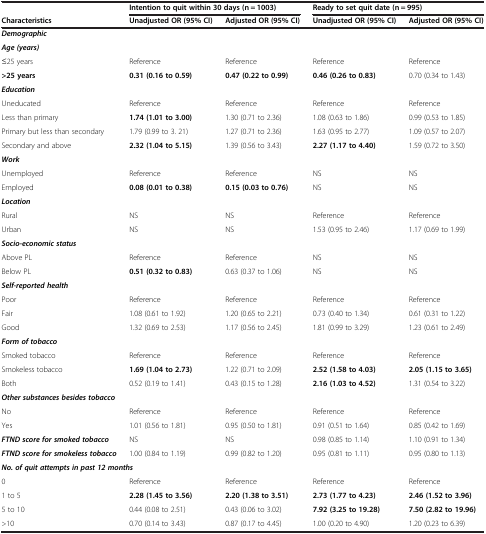
<table><thead><tr><td><b> </b></td><td colspan="2"><b>Intention to quit within 30 days (n = 1003)</b></td><td colspan="2"><b>Ready to set quit date (n = 995)</b></td></tr><tr><td><b>Characteristics</b></td><td><b>Unadjusted OR (95% CI)</b></td><td><b>Adjusted OR (95% CI)</b></td><td><b>Unadjusted OR (95% CI)</b></td><td><b>Adjusted OR (95% CI)</b></td></tr></thead><tbody><tr><td colspan="5"><b><i>Demographic</i></b></td></tr><tr><td colspan="5"><b><i>Age (years)</i></b></td></tr><tr><td>≤25 years</td><td>Reference</td><td>Reference</td><td>Reference</td><td>Reference</td></tr><tr><td><b>&gt;25 years</b></td><td><b>0.31 (0.16 to 0.59)</b></td><td><b>0.47 (0.22 to 0.99)</b></td><td><b>0.46 (0.26 to 0.83)</b></td><td>0.70 (0.34 to 1.43)</td></tr><tr><td colspan="5"><b><i>Education</i></b></td></tr><tr><td>Uneducated</td><td>Reference</td><td>Reference</td><td>Reference</td><td>Reference</td></tr><tr><td>Less than primary</td><td><b>1.74 (1.01 to 3.00)</b></td><td>1.30 (0.71 to 2.36)</td><td>1.08 (0.63 to 1.86)</td><td>0.99 (0.53 to 1.85)</td></tr><tr><td>Primary but less than secondary</td><td>1.79 (0.99 to 3. 21)</td><td>1.27 (0.71 to 2.36)</td><td>1.63 (0.95 to 2.77)</td><td>1.09 (0.57 to 2.07)</td></tr><tr><td>Secondary and above</td><td><b>2.32 (1.04 to 5.15)</b></td><td>1.39 (0.56 to 3.43)</td><td><b>2.27 (1.17 to 4.40)</b></td><td>1.59 (0.72 to 3.50)</td></tr><tr><td colspan="5"><b><i>Work</i></b></td></tr><tr><td>Unemployed</td><td>Reference</td><td>Reference</td><td>NS</td><td>NS</td></tr><tr><td>Employed</td><td><b>0.08 (0.01 to 0.38)</b></td><td><b>0.15 (0.03 to 0.76)</b></td><td>NS</td><td>NS</td></tr><tr><td colspan="5"><b><i>Location</i></b></td></tr><tr><td>Rural</td><td>NS</td><td>NS</td><td>Reference</td><td>Reference</td></tr><tr><td>Urban</td><td>NS</td><td>NS</td><td>1.53 (0.95 to 2.46)</td><td>1.17 (0.69 to 1.99)</td></tr><tr><td colspan="5"><b><i>Socio-economic status</i></b></td></tr><tr><td>Above PL</td><td>Reference</td><td>Reference</td><td>NS</td><td>NS</td></tr><tr><td>Below PL</td><td><b>0.51 (0.32 to 0.83)</b></td><td>0.63 (0.37 to 1.06)</td><td>NS</td><td>NS</td></tr><tr><td colspan="5"><b><i>Self-reported health</i></b></td></tr><tr><td>Poor</td><td>Reference</td><td>Reference</td><td>Reference</td><td>Reference</td></tr><tr><td>Fair</td><td>1.08 (0.61 to 1.92)</td><td>1.20 (0.65 to 2.21)</td><td>0.73 (0.40 to 1.34)</td><td>0.61 (0.31 to 1.22)</td></tr><tr><td>Good</td><td>1.32 (0.69 to 2.53)</td><td>1.17 (0.56 to 2.45)</td><td>1.81 (0.99 to 3.29)</td><td>1.23 (0.61 to 2.49)</td></tr><tr><td colspan="5"><b><i>Form of tobacco</i></b></td></tr><tr><td>Smoked tobacco</td><td>Reference</td><td>Reference</td><td>Reference</td><td>Reference</td></tr><tr><td>Smokeless tobacco</td><td><b>1.69 (1.04 to 2.73)</b></td><td>1.22 (0.71 to 2.09)</td><td><b>2.52 (1.58 to 4.03)</b></td><td><b>2.05 (1.15 to 3.65)</b></td></tr><tr><td>Both</td><td>0.52 (0.19 to 1.41)</td><td>0.43 (0.15 to 1.28)</td><td><b>2.16 (1.03 to 4.52)</b></td><td>1.31 (0.54 to 3.22)</td></tr><tr><td colspan="5"><b><i>Other substances besides tobacco</i></b></td></tr><tr><td>No</td><td>Reference</td><td>Reference</td><td>Reference</td><td>Reference</td></tr><tr><td>Yes</td><td>1.01 (0.56 to 1.81)</td><td>0.95 (0.50 to 1.81)</td><td>0.91 (0.51 to 1.64)</td><td>0.85 (0.42 to 1.69)</td></tr><tr><td><b><i>FTND score for smoked tobacco</i></b></td><td>NS</td><td>NS</td><td>0.98 (0.85 to 1.14)</td><td>1.10 (0.91 to 1.34)</td></tr><tr><td><b><i>FTND score for smokeless tobacco</i></b></td><td>1.00 (0.84 to 1.19)</td><td>0.99 (0.82 to 1.20)</td><td>0.95 (0.81 to 1.11)</td><td>0.95 (0.80 to 1.13)</td></tr><tr><td colspan="5"><b><i>No. of quit attempts in past 12 months</i></b></td></tr><tr><td>0</td><td>Reference</td><td>Reference</td><td>Reference</td><td>Reference</td></tr><tr><td>1 to 5</td><td><b>2.28 (1.45 to 3.56)</b></td><td><b>2.20 (1.38 to 3.51)</b></td><td><b>2.73 (1.77 to 4.23)</b></td><td><b>2.46 (1.52 to 3.96)</b></td></tr><tr><td>5 to 10</td><td>0.44 (0.08 to 2.51)</td><td>0.43 (0.06 to 3.02)</td><td><b>7.92 (3.25 to 19.28)</b></td><td><b>7.50 (2.82 to 19.96)</b></td></tr><tr><td>&gt;10</td><td>0.70 (0.14 to 3.43)</td><td>0.87 (0.17 to 4.45)</td><td>1.00 (0.20 to 4.90)</td><td>1.20 (0.23 to 6.39)</td></tr></tbody></table>